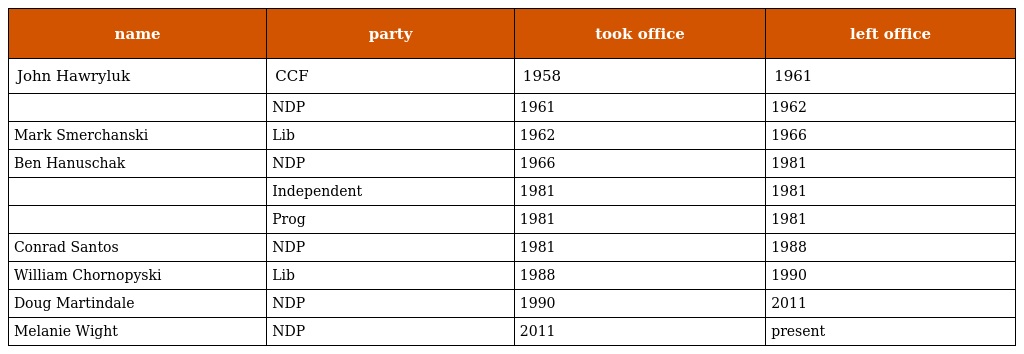
| name | party | took office | left office |
 | --- | --- | --- | --- |
 | John Hawryluk | CCF | 1958 | 1961 |
 |  | NDP | 1961 | 1962 |
 | Mark Smerchanski | Lib | 1962 | 1966 |
 | Ben Hanuschak | NDP | 1966 | 1981 |
 |  | Independent | 1981 | 1981 |
 |  | Prog | 1981 | 1981 |
 | Conrad Santos | NDP | 1981 | 1988 |
 | William Chornopyski | Lib | 1988 | 1990 |
 | Doug Martindale | NDP | 1990 | 2011 |
 | Melanie Wight | NDP | 2011 | present |